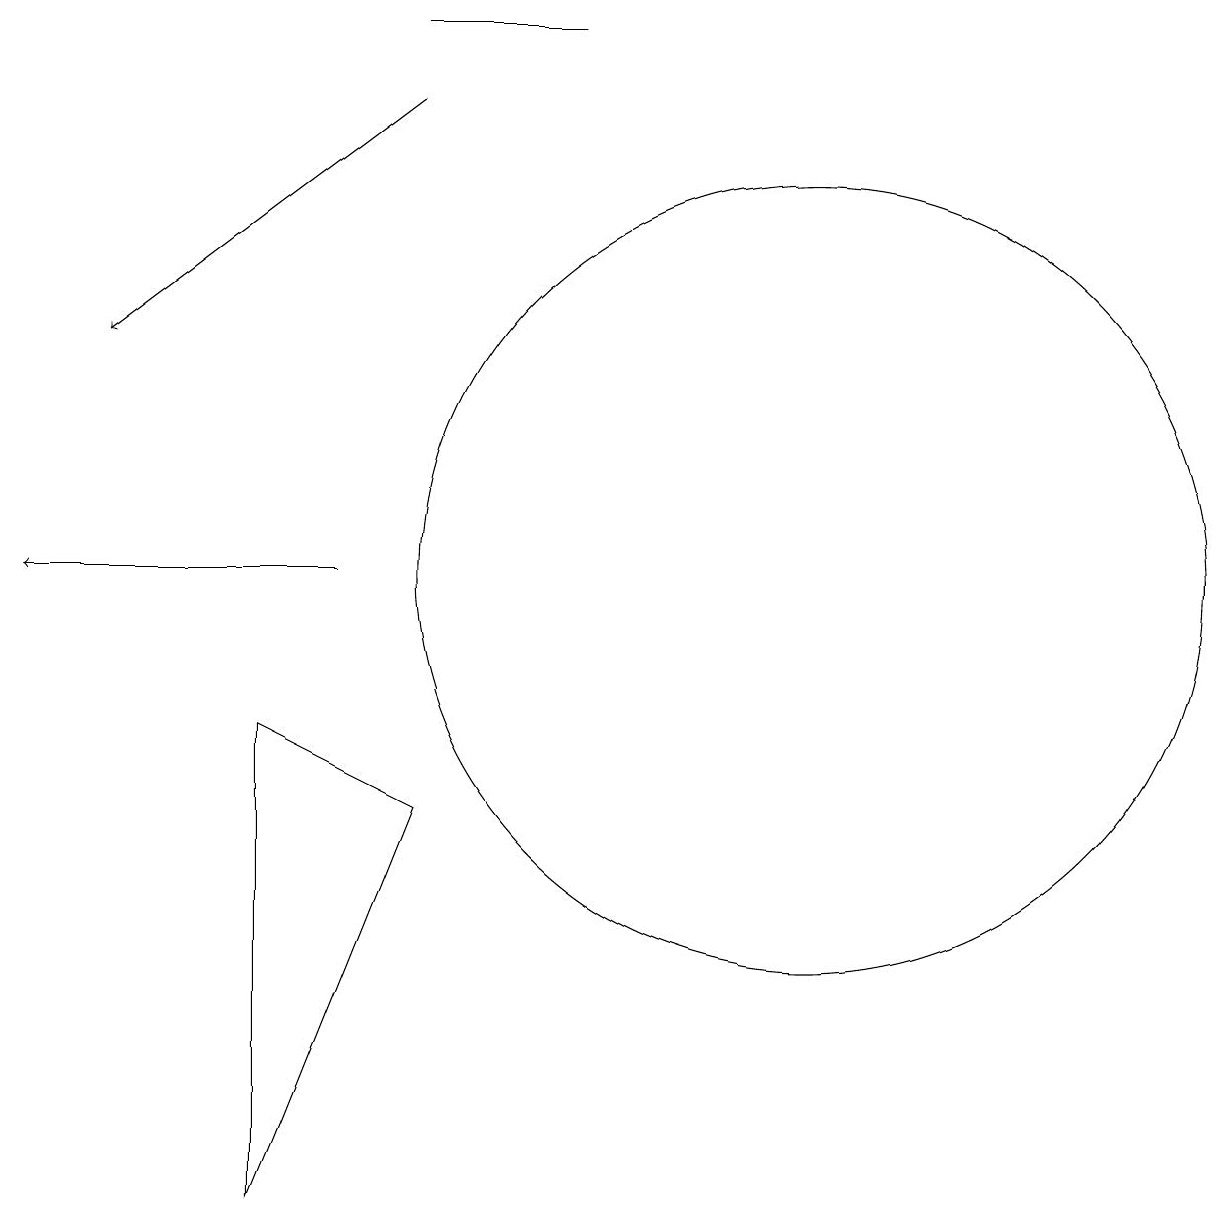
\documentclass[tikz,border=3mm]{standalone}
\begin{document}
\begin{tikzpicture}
\draw (4,8) -- (6,7) -- (4,2) -- cycle;
\draw[->] (6,16) -- (2,13);
\draw[->] (5,10) -- (1,10);
\draw (6,17) rectangle (8,17);
\draw (11,10) circle (5);
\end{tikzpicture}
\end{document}